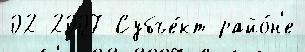
02 2007 Субъе́кт райо́н'е